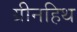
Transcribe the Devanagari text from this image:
ग्रीनहिथ